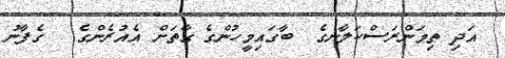
އަދި ތިމަންރަސްކަލާނގެ  ބާގައިމީހުންގެ ގާތަށް އެއުރެންގެ   ގެފާނު